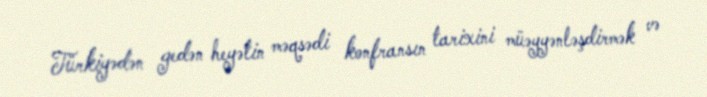
Türkiyədən gedən heyətin məqsədi konfransın tarixini müəyyənləşdirmək və